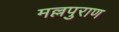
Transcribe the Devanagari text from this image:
मल्लपुराण